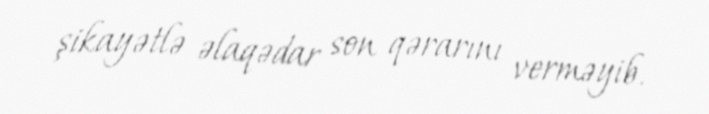
şikayətlə əlaqədar son qərarını verməyib.